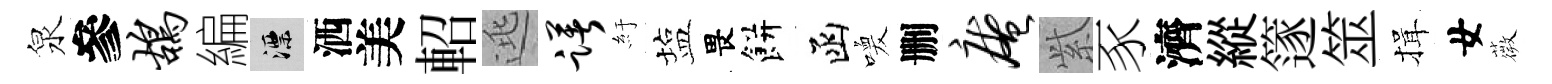
泉參鸪編漂洒美軺逃躇紆塩畏餅函喚删庵𬗋豕濟縱篴筮揖女薇